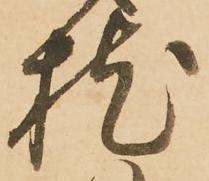
枕